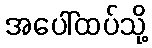
အပေါ်ထပ်သို့